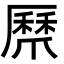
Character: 𭶸